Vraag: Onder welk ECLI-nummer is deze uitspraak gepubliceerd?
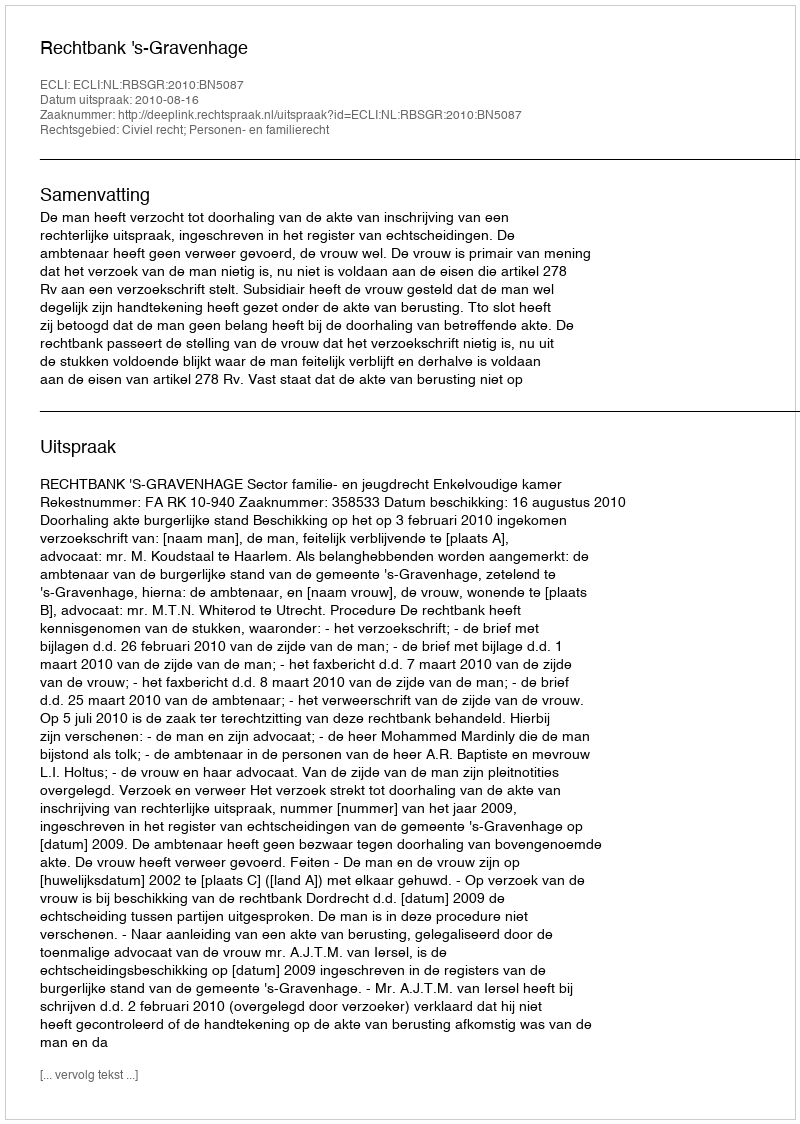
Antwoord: ECLI:NL:RBSGR:2010:BN5087